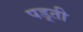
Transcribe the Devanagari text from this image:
पड़्ती